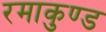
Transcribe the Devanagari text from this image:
रमाकुण्ड